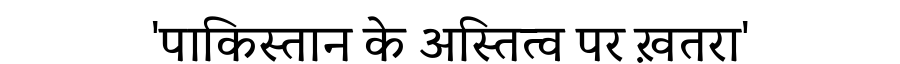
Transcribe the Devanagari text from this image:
'पाकिस्तान के अस्तित्व पर ख़तरा'